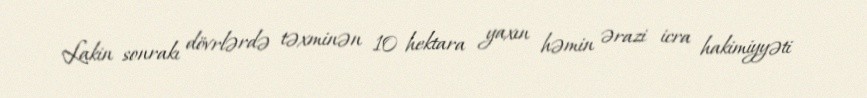
Lakin sonrakı dövrlərdə təxminən 10 hektara yaxın həmin ərazi icra hakimiyyəti